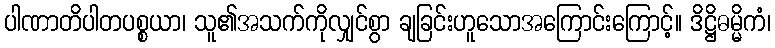
ပါဏာတိပါတပစ္စယာ၊ သူ၏အသက်ကိုလျှင်စွာ ချခြင်းဟူသောအကြောင်းကြောင့်။ ဒိဋ္ဌိဓမ္မိကံ၊